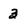
Character: 3